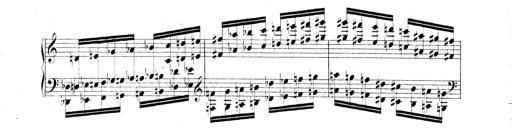
Title: Technische Studien
Composer: Franz Liszt